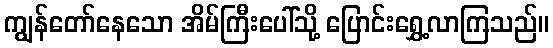
ကျွန်တော်နေသော အိမ်ကြီးပေါ်သို့ ပြောင်းရွှေ့လာကြသည်။